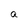
Character: a